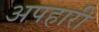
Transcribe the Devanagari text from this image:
अपहारी